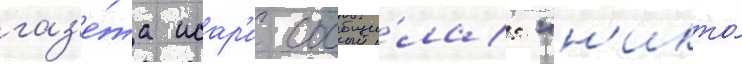
газ'е́та исар'и сообщи́ла: "н'икто́